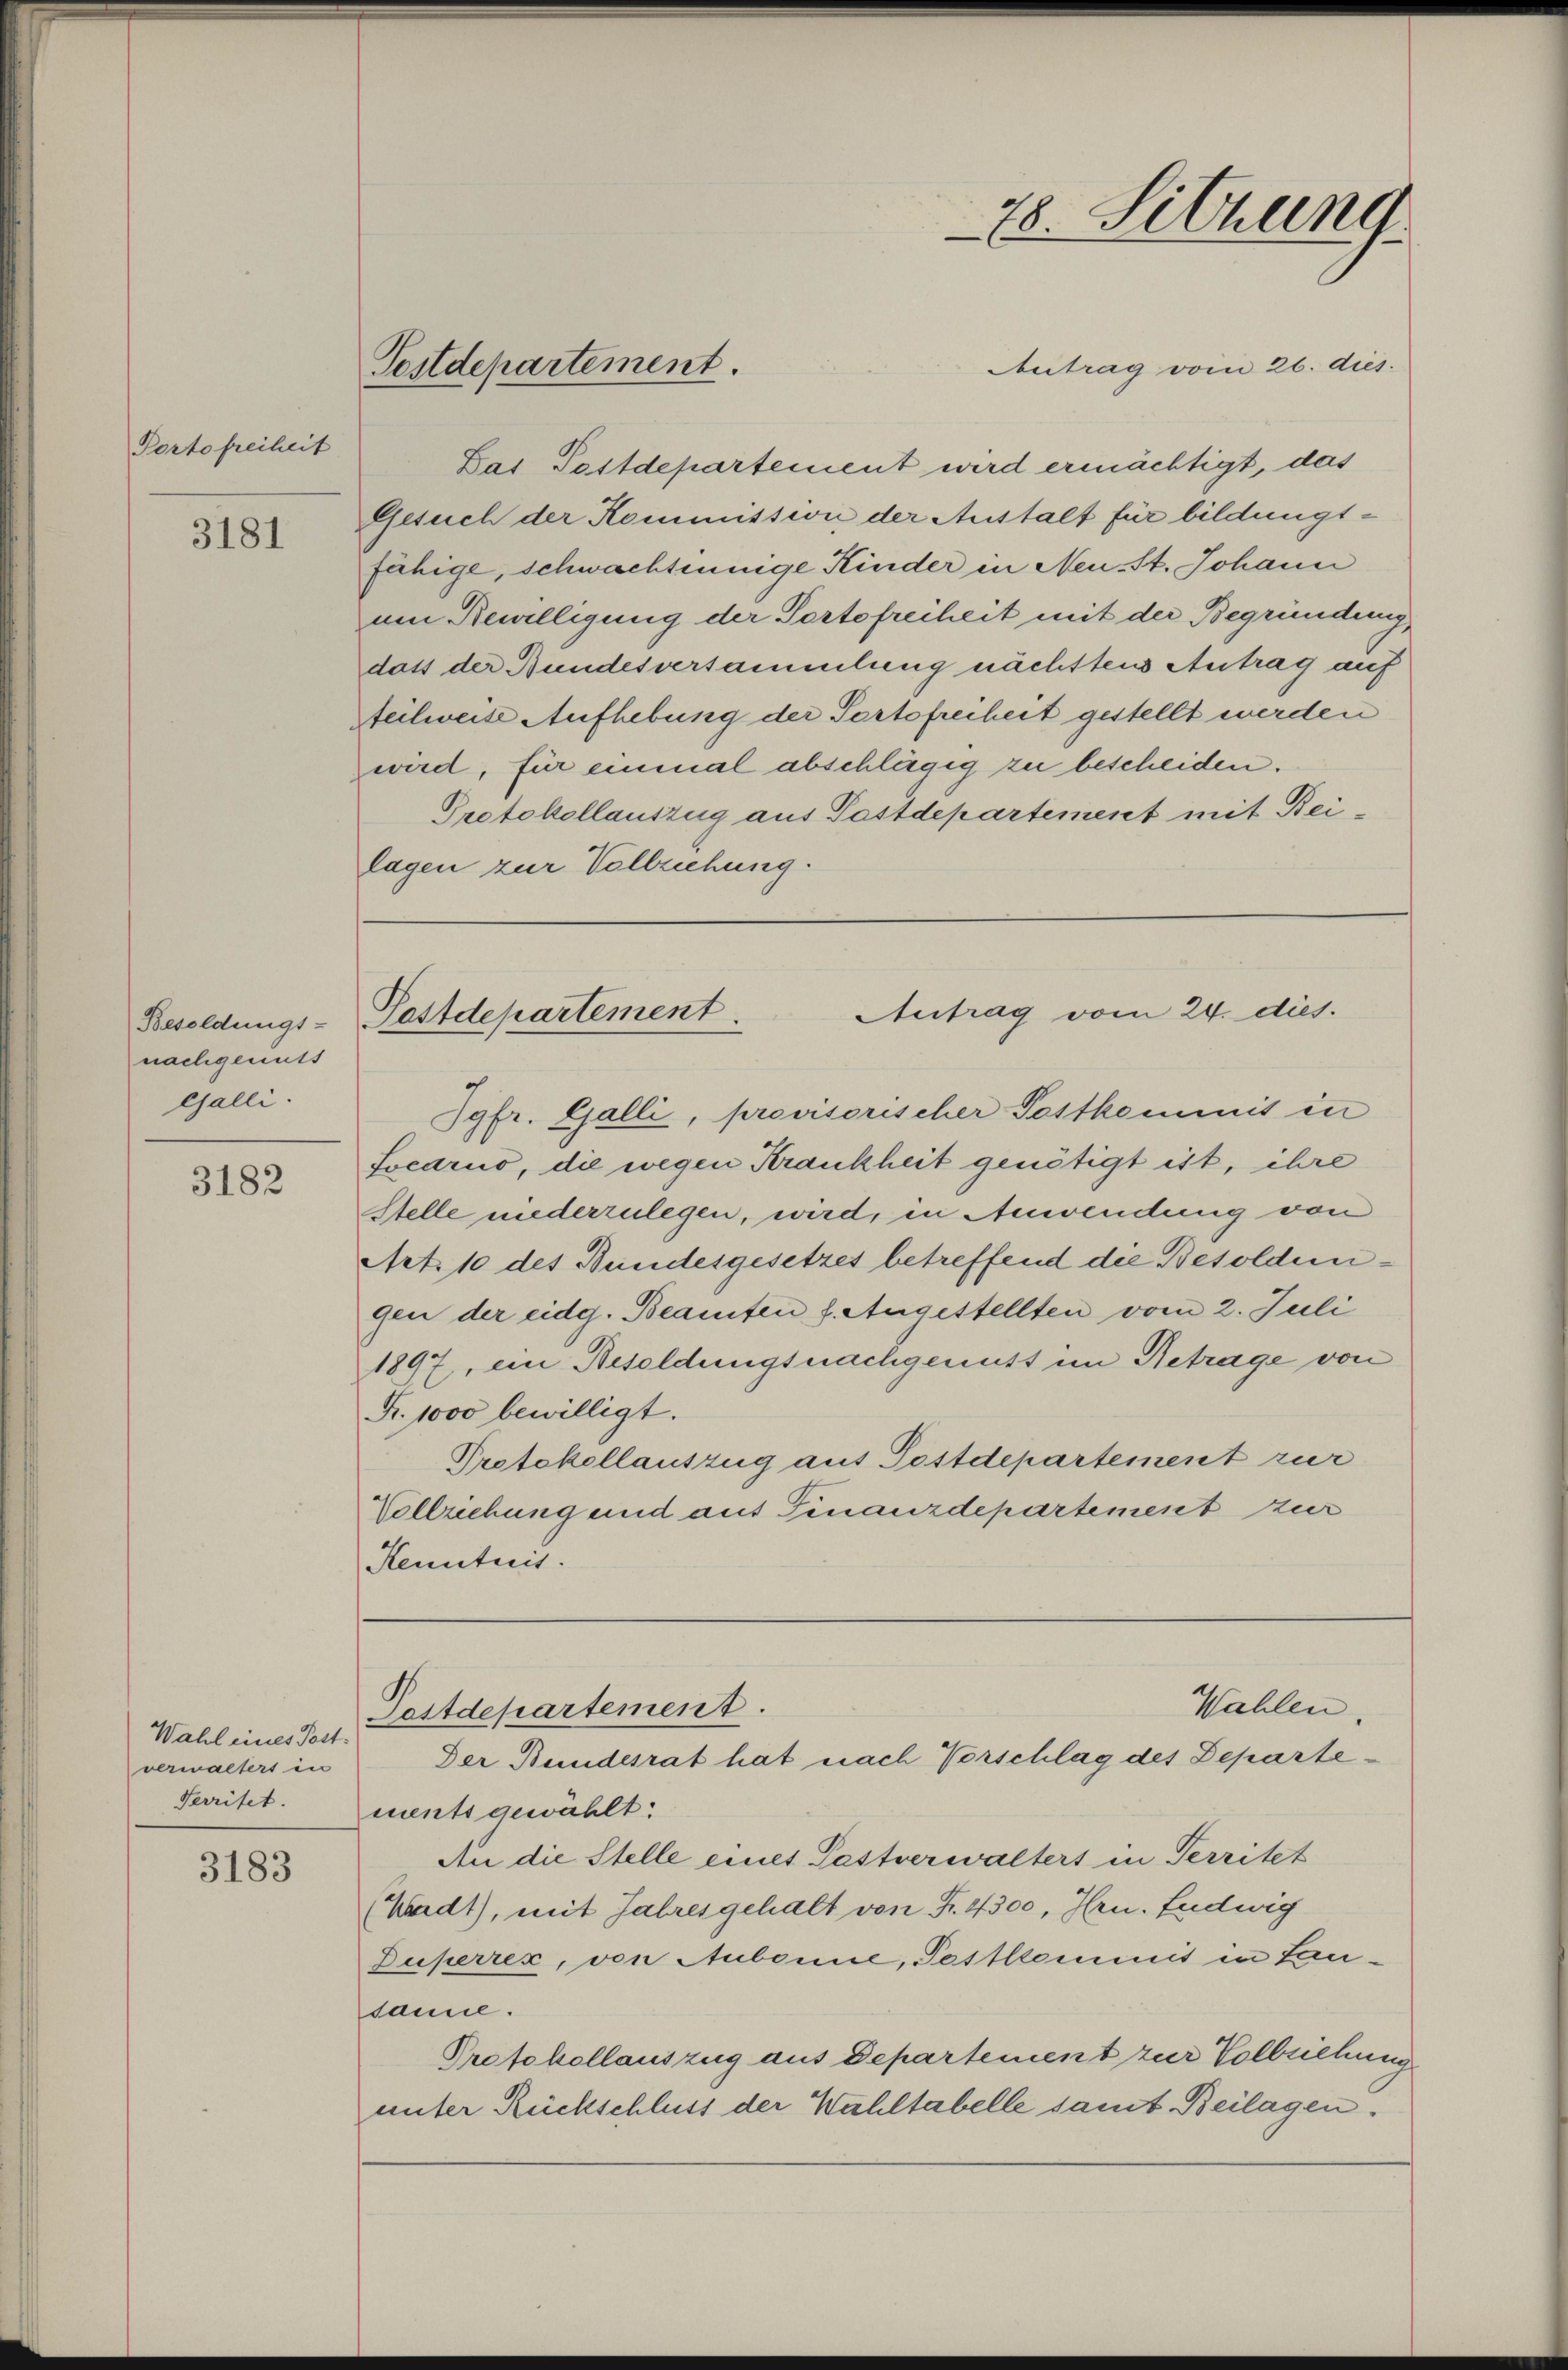
Portofreiheit

3181

Besoldungs-
nachgemutt
Galli.

3182

Wahl eines Post.
verwalters in
Serritet.

3183

Pestdepartement.

Antrag vom 26. dies.
Das Postdepartement wird ermächtigt, das
Gesuch der Kommission der Anstalt für bildungsfähige, schwachtennige Kinder in Neu-St. Johann
um Bewilligung der Portofreiheit mit der Begründung,
dass der Bundesversammlung nächstens Antrag auf
teilweise Aufhebung der Portofreiheit gestellt werden
wird, für einmal abschlägig zu bescheiden.
Protokollauszug aus Pastdepartement mit Bei-
lagen zur Vollziehung.

78. Sitzung.

Antrag vom 24. dies
Postdepartement

Wahlen.
Postdepartement.
Der Bundesrat hat nach Vorschlag des Departe¬

Jgfr. Galli, provisorischer Postkommnis in
Locario, die wegen Krankheit genötigt ist, ihre
Stelle niederzulegen, wird, in Anwendung von
Art. 10 des Bundesgesetzes betreffend die Besoldungen der eidg. Beamten f. Angestellten vom 2. Juli
1897, ein Besoldungsnachgenutt im Betrage von
Fr. 1000 bewilligt.
Protokollauszug aus Postdepartement zur
Vollziehung und aus Finanzdepartement zur
Kenntnis.

ments gewählt:
An die Stelle eines Pastverwalters in Territet
Waadt), mit Jahresgehalt von Fr. 4300, Hrn. Ludwig
Duperrez, von Aubonne, Pestkommit in Lansame.
Protokollauszug aus Departement zur Vollziehung
unter Rückschluss der Wahltabelle samt Beilagen.